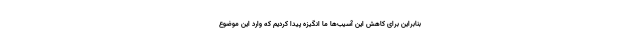
بنابراین برای کاهش این آسیب‌ها ما انگیزه پیدا کردیم که وارد این موضوع